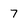
Character: 7